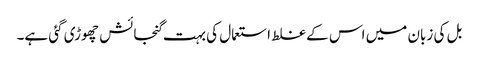
بل کی زبان میں اس کے غلط استعمال کی بہت گنجائش چھوڑی گئی ہے۔